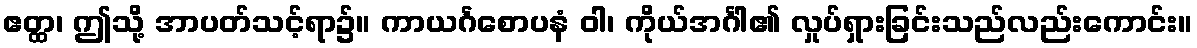
ဧတ္ထ၊ ဤသို့ အာပတ်သင့်ရာ၌။ ကာယင်္ဂစောပနံ ဝါ၊ ကိုယ်အင်္ဂါ၏ လှုပ်ရှားခြင်းသည်လည်းကောင်း။